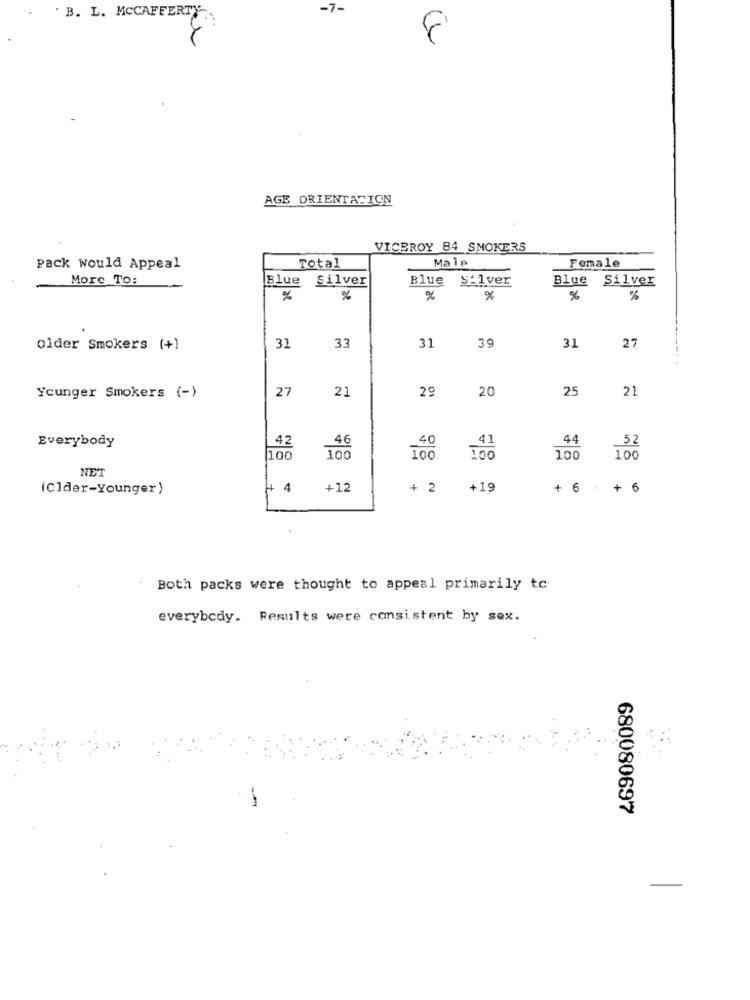
-7-
B. L. MCCAFFERTY
8
AGE ORIENTATION
VICEROY 84 SMOKERS
Pack would Appeal
Total
Male
Female
More To:
Blue Silver
Blue S'1ver
Blue Silver
%
%
%
%
%
%
older Smokers (+)
31
33
31
39
31
27
27
21
29
20
25
21
Younger Smokers (-)
.40
41
44
Everybody
42
46
52
100
100
100.
100
100
100
NET
(Clder-Younger)
+
+12
+ 2
+19
+ 6 + 6
Both packs were thought to appeal primarily to
everybody. Results were consistent by sex.
680080697